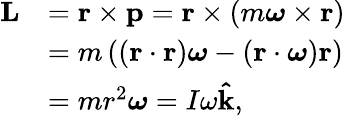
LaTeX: {\begin{array}{rl}{\mathbf{L}}&{=\mathbf{r}\times\mathbf{p}=\mathbf{r}\times\left(m{\boldsymbol{\omega}}\times\mathbf{r}\right)}\\ &{=m\left(\left(\mathbf{r}\cdot\mathbf{r}\right){\boldsymbol{\omega}}-\left(\mathbf{r}\cdot{\boldsymbol{\omega}}\right)\mathbf{r}\right)}\\ &{=mr^{2}{\boldsymbol{\omega}}=I\omega\mathbf{\hat{k}},}\end{array}}